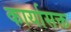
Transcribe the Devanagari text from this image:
कार्यासक्त